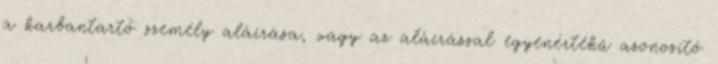
a karbantartó személy aláírása, vagy az aláírással egyenértékû azonosító